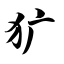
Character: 犷